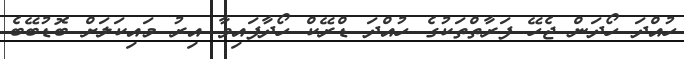
ހުއްދަ ހޯދަން ޖެހޭ ފަރާތްތަކުގެ ހުއްދަ ޑްރޭކް ހޯދާފައިވާ އިރު މައިކަލަށް ބޮޑުބޭބެ